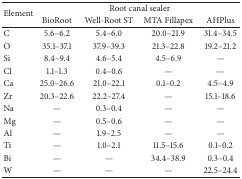
<table><thead><tr><td rowspan="2"><b>Element</b></td><td colspan="4"><b>Root canal sealer</b></td></tr><tr><td><b>BioRoot</b></td><td><b>Well-Root ST</b></td><td><b>MTA Fillapex</b></td><td><b>AHPlus</b></td></tr></thead><tbody><tr><td>C</td><td>5.6–6.2</td><td>5.4–6.0</td><td>20.0–21.9</td><td>31.4–34.5</td></tr><tr><td>O</td><td>35.1–37.1</td><td>37.9–39.3</td><td>21.3–22.8</td><td>19.2–21.2</td></tr><tr><td>Si</td><td>8.4–9.4</td><td>4.6–5.4</td><td>4.5–6.9</td><td>—</td></tr><tr><td>Cl</td><td>1.1–1.3</td><td>0.4–0.6</td><td>—</td><td>—</td></tr><tr><td>Ca</td><td>25.0–26.6</td><td>21.0–22.1</td><td>0.1–0.2</td><td>4.5–4.9</td></tr><tr><td>Zr</td><td>20.3–22.6</td><td>22.2–27.4</td><td>—</td><td>15.1–18.6</td></tr><tr><td>Na</td><td>—</td><td>0.3–0.4</td><td>—</td><td>—</td></tr><tr><td>Mg</td><td>—</td><td>0.5–0.6</td><td>—</td><td>—</td></tr><tr><td>Al</td><td>—</td><td>1.9–2.5</td><td>—</td><td>—</td></tr><tr><td>Ti</td><td>—</td><td>1.0–2.1</td><td>11.5–15.6</td><td>0.1–0.2</td></tr><tr><td>Bi</td><td>—</td><td>—</td><td>34.4–38.9</td><td>0.3–0.4</td></tr><tr><td>W</td><td>—</td><td>—</td><td>—</td><td>22.5–24.4</td></tr></tbody></table>